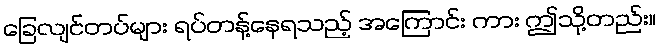
ခြေလျင်တပ်များ ရပ်တန့်နေရသည့် အကြောင်း ကား ဤသို့တည်း။